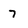
Character: 7